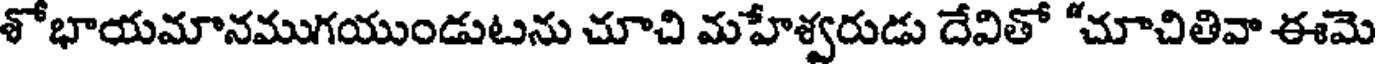
శోభాయమానముగయుండుటను చూచి మహేశ్వరుడు దేవితో "చూచితివా ఈమె